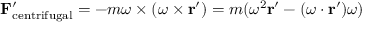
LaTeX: \mathbf { F } _ { \mathrm { c e n t r i f u g a l } } ^ { \prime } = - m { \boldsymbol { \omega } } \times ( { \boldsymbol { \omega } } \times \mathbf { r } ^ { \prime } ) = m ( \omega ^ { 2 } \mathbf { r } ^ { \prime } - ( { \boldsymbol { \omega } } \cdot \mathbf { r } ^ { \prime } ) { \boldsymbol { \omega } } )